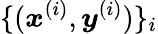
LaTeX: \{ (\boldsymbol x^{(i)},\boldsymbol y^{(i)})\} _{i}